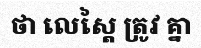
ថា លេស្តៃ ត្រូវ គ្នា